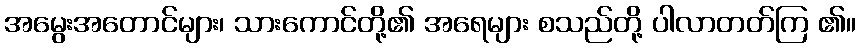
အမွေးအတောင်များ၊ သားကောင်တို့၏ အရေများ စသည်တို့ ပါလာတတ်ကြ ၏။